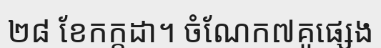
២៨ ខែកក្កដា។ ចំណែក៧គូផ្សេង